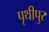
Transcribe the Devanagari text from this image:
पृथीपुर